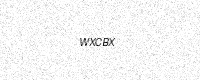
Text: WXCBX